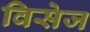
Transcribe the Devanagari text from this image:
विसेज